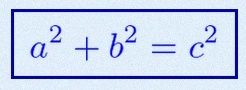
a^2+b^2=c^2